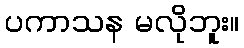
ပကာသန မလိုဘူး။